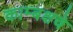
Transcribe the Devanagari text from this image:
काम्बक्षचे